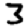
Digit: 3